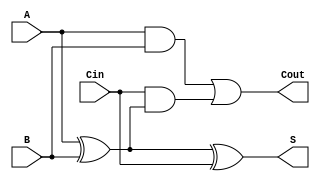
module TransmissionGateFullAdder (
    input wire A,      // First input bit
    input wire B,      // Second input bit
    input wire Cin,    // Carry input bit
    output wire S,     // Sum output bit
    output wire Cout    // Carry output bit
);

// Intermediate signals
wire AB_xor;         // Intermediate XOR result of A and B
wire AB_and;         // AND result of A and B
wire Cin_AB_xor;     // Intermediate carry from Cin and (A XOR B)

// Calculate A XOR B
assign AB_xor = A ^ B;

// Calculate Sum S = A XOR B XOR Cin
assign S = AB_xor ^ Cin;

// Calculate Carry Cout = (A AND B) OR (Cin AND (A XOR B))
assign AB_and = A & B;
assign Cin_AB_xor = Cin & AB_xor;
assign Cout = AB_and | Cin_AB_xor;

endmodule